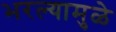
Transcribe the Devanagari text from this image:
भरल्यामुळे